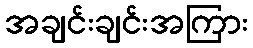
အချင်းချင်းအကြား